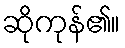
ဆိုကုန်၏။